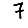
Digit: 7